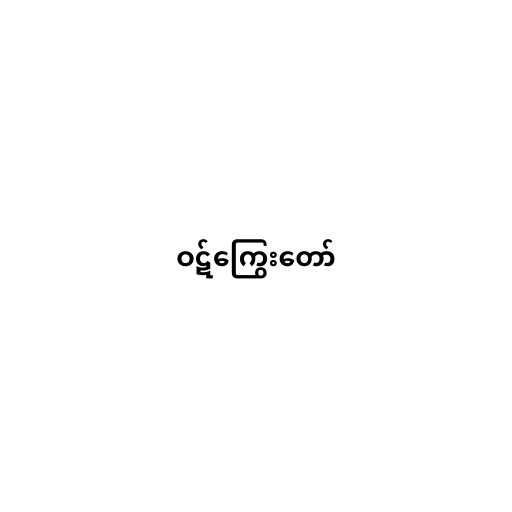
ဝဋ်ကြွေးတော်